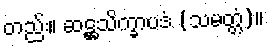
တည်း။ ဆဋ္ဌသိက္ခာပဒံ (သမတ္တံ)။